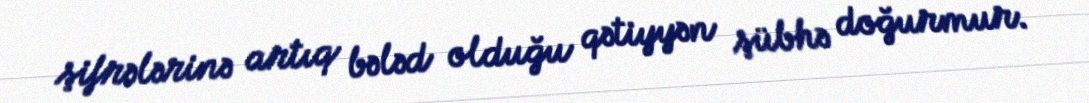
şifrələrinə artıq bələd olduğu qətiyyən şübhə doğurmur.